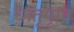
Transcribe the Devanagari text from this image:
धातूपाून